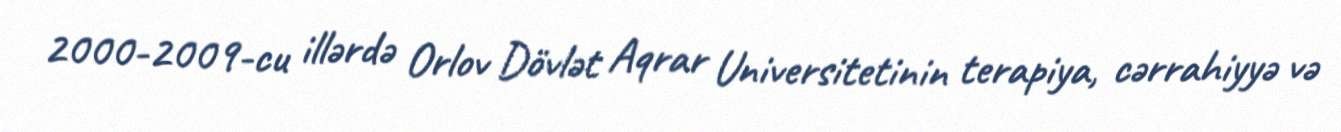
2000-2009-cu illərdə Orlov Dövlət Aqrar Universitetinin terapiya, cərrahiyyə və